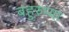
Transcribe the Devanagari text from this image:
बहुरुप्या